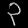
Digit: ၃